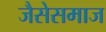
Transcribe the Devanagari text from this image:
जैसेसमाज